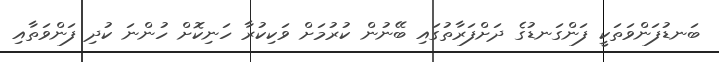
ބަނޑުފަންވަތަކީ ފަންގަނޑުގެ ދަށްފަރާތުގައި ބޭނުން ކުރުމަށް ވަކިކުރާ ހަނިކޮށް ހުންނަ ކުދި ފަންވަތާއި